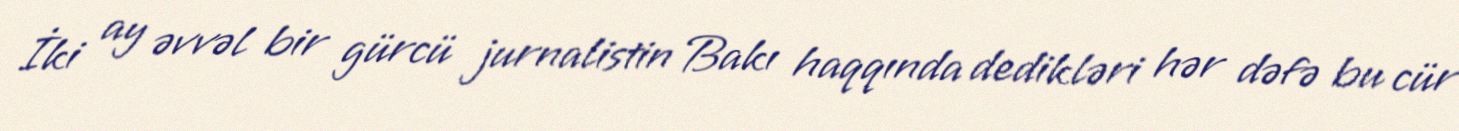
İki ay əvvəl bir gürcü jurnalistin Bakı haqqında dedikləri hər dəfə bu cür